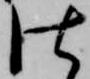
仕